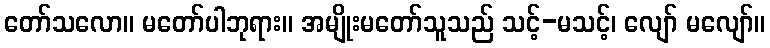
တော်သလော။ မတော်ပါဘုရား။ အမျိုးမတော်သူသည် သင့်-မသင့်၊ လျော် မလျော်။